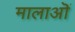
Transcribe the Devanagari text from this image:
मालाऒं